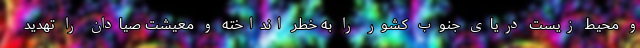
و محیط زیست دریای جنوب کشور را به خطر انداخته و معیشت صیادان را تهدید